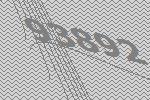
93892